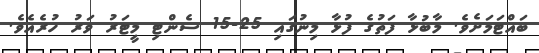
ބައްޓަމަށެވެ. މާބުޅާ ފަތުގެ ފުޅާ މިނުގައި 25-15 ސެންޓި މީޓަރު ވަރު ހުރެއެވެ.